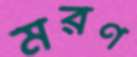
মরণ